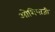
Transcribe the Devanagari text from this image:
ओशियाजी